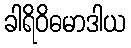
ခါရိဝိဓမာဒါယ